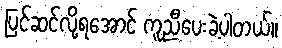
ပြင်ဆင်လို့ရအောင် ကူညီပေးခဲ့ပါတယ်။